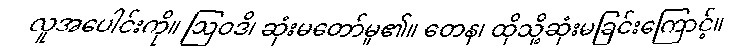
လူအပေါင်းကို။ ဩဝဒိ၊ ဆုံးမတော်မူ၏။ တေန၊ ထိုသို့ဆုံးမခြင်းကြောင့်။